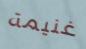
غنيمة